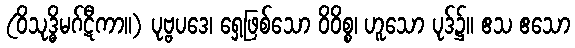
(ဝိသုဒ္ဓိမဂ်ဋီကာ။) ပုဗ္ဗပဒေ၊ ရှေ့ဖြစ်သော ဝိဝိစ္စ၊ ဟူသော ပုဒ်၌။ ဧသ ဧသော